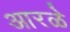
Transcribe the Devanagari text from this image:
आरळे